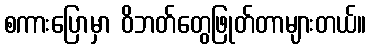
စကားပြောမှာ ဝိဘတ်တွေဖြုတ်တာများတယ်။